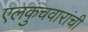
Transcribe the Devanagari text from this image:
एलकुंचवारांची